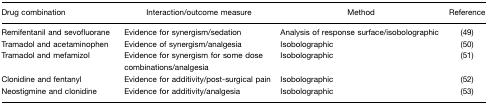
<table><thead><tr><td><b>Drug combination</b></td><td><b>Interaction/outcome measure</b></td><td><b>Method</b></td><td><b>Reference</b></td></tr></thead><tbody><tr><td>Remifentanil and sevofluorane</td><td>Evidence for synergism/sedation</td><td>Analysis of response surface/isobolographic</td><td>(49)</td></tr><tr><td>Tramadol and acetaminophen</td><td>Evidence of synergism/analgesia</td><td>Isobolographic</td><td>(50)</td></tr><tr><td>Tramadol and mefamizol</td><td>Evidence for synergism for some dose combinations/analgesia</td><td>Isobolographic</td><td>(51)</td></tr><tr><td>Clonidine and fentanyl</td><td>Evidence for additivity/post-surgical pain</td><td>Isobolographic</td><td>(52)</td></tr><tr><td>Neostigmine and clonidine</td><td>Evidence for additivity/analgesia</td><td>Isobolographic</td><td>(53)</td></tr></tbody></table>